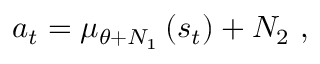
a _ { t } = \mu _ { \theta + N _ { 1 } } \left( s _ { t } \right) + N _ { 2 } ~ ,